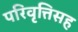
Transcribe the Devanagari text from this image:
परिवृत्तिसह